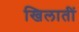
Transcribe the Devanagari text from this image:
खिलातीं